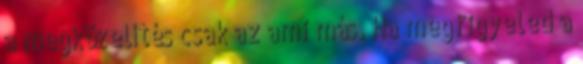
a megközelítés csak az ami más. Ha megfigyeled a